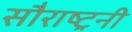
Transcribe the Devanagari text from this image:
सौराष्ट्रनी